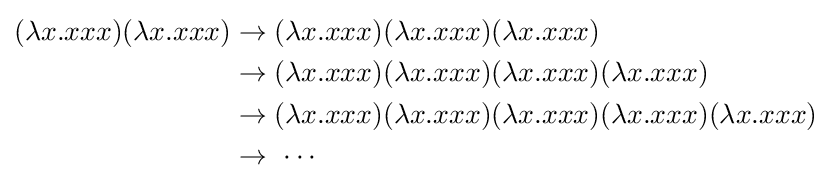
{\begin{aligned}(\mathbf {\lambda } x.xxx)(\lambda x.xxx)&\rightarrow (\mathbf {\lambda } x.xxx)(\lambda x.xxx)(\lambda x.xxx)\\&\rightarrow (\mathbf {\lambda } x.xxx)(\lambda x.xxx)(\lambda x.xxx)(\lambda x.xxx)\\&\rightarrow (\mathbf {\lambda } x.xxx)(\lambda x.xxx)(\lambda x.xxx)(\lambda x.xxx)(\lambda x.xxx)\\&\rightarrow \ \cdots \,\end{aligned}}